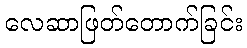
လေဆာဖြတ်တောက်ခြင်း